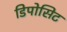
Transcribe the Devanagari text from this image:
डिपोसिट